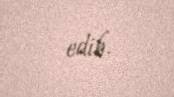
edib.